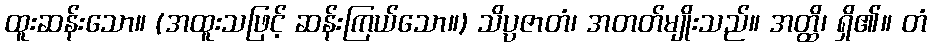
ထူးဆန်းသော။ (အထူးသဖြင့် ဆန်းကြယ်သော။) သိပ္ပဇာတံ၊ အတတ်မျိုးသည်။ အတ္ထိ၊ ရှိ၏။ တံ